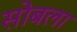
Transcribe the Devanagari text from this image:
सोबला